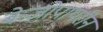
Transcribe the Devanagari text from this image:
बेन्जोपायरीन